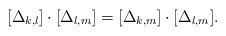
LaTeX: \begin{align*} [\Delta_{k, l}] \cdot [\Delta_{l, m}] = [\Delta_{k, m}] \cdot [\Delta_{l, m}].\end{align*}